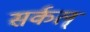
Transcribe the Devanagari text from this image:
सर्कल्